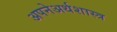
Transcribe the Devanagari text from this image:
अपनेअर्थशास्त्र